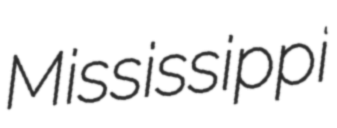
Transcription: Mississippi